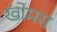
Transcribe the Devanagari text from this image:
खोमस